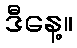
ဒီနေ့။